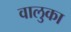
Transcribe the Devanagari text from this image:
वालुका